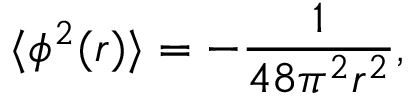
\langle \phi ^ { 2 } ( r ) \rangle = - \frac { 1 } { 4 8 \pi ^ { 2 } r ^ { 2 } } ,